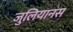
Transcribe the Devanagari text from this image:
जुलियानस